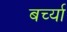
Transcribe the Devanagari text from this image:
बर्च्या